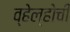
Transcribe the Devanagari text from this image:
व्हेल्होची